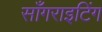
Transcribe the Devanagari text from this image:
साँगराइटिंग